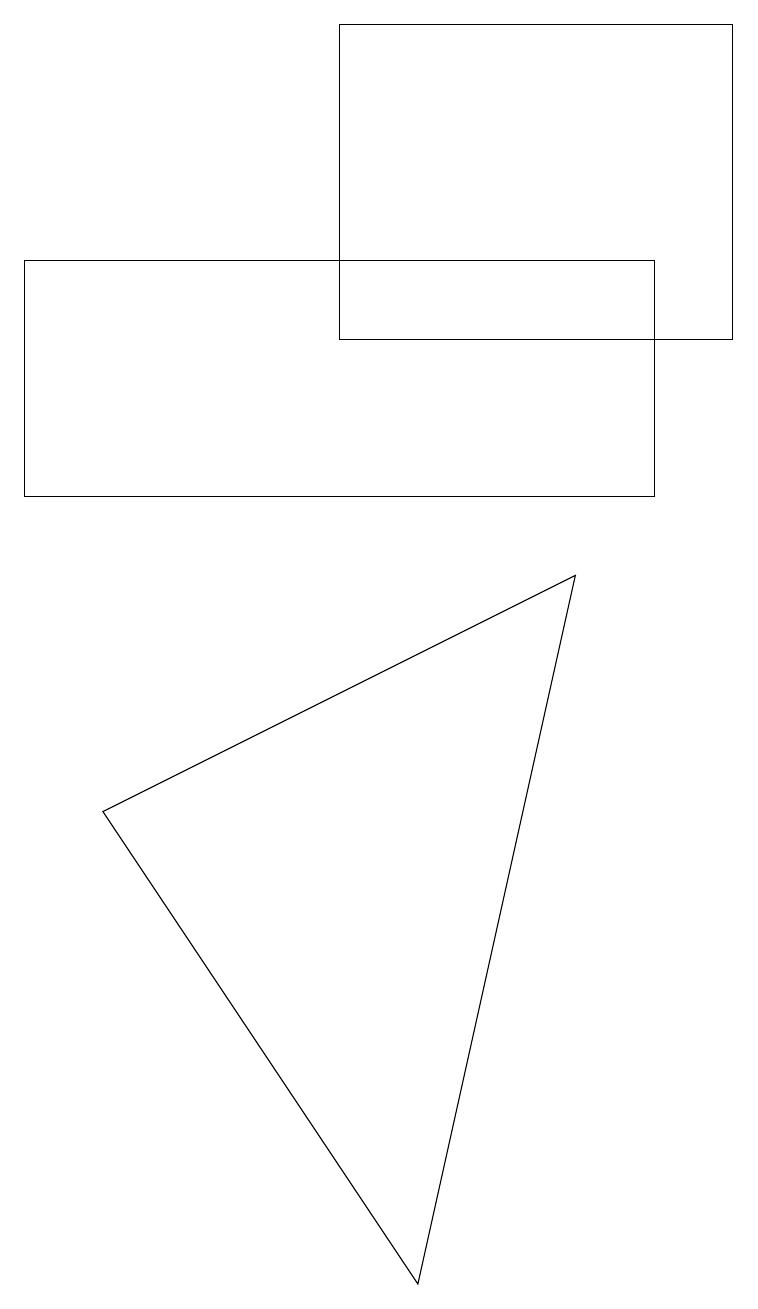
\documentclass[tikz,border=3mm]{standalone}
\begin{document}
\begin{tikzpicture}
\draw (4,16) rectangle (9,12);
\draw (8,13) rectangle (0,10);
\draw (5,0) -- (7,9) -- (1,6) -- cycle;
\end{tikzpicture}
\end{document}